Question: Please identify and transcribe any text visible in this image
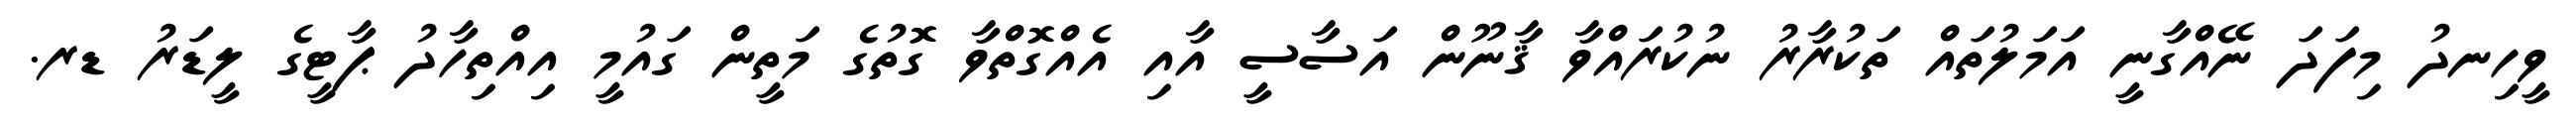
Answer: ވީހިނދު މިފަދަ ނޭއްގާނީ އަމަލުތައް ތަކުރާރު ނުކުރައްވާ ޤާނޫން އަސާސީ އާއި އެއްގޮތްވާ ގޮތުގެ މަތީން ގައުމީ އިއްތިހާދު ޕާޓީގެ ލީޑަރު ޑރ.